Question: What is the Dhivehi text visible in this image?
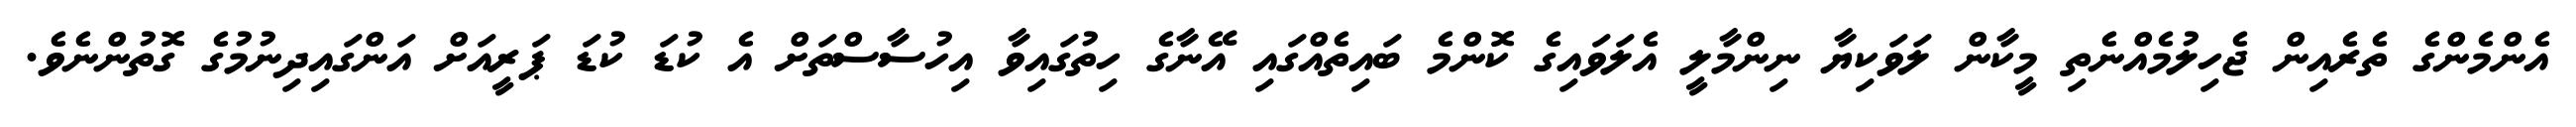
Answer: އެންމެންގެ ތެރެއިން ޖެހިލުމެއްނެތި މީކާން ލަވަކިޔާ ނިންމާލީ އެލަވައިގެ ކޮންމެ ބައިތެއްގައި އޭނާގެ ހިތުގައިވާ އިހުސާސްތަށް އެ ކުޑަ ކުޑަ ޕަރީއަށް އަންގައިދިނުމުގެ ގޮތުންނެވެ.